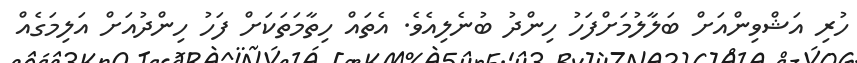
ހުރި އަޝްވިންއަށް ބަލާލުމަށްފަހު ހިންދު ބުނެލިއެވެ. އެތައް ހިތާމަތަކަށް ފަހު ހިންދުއަށް އަލިމަގެއް